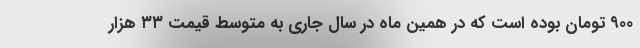
۹۰۰ تومان بوده است که در همین ماه در سال جاری به متوسط قیمت ۳۳ هزار